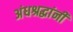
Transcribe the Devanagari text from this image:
अंधश्रद्धांनी